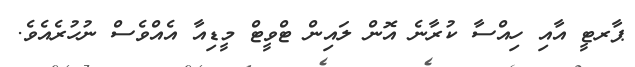
ޕާރޓީ އާއި ހިއްސާ ކުރާނެ އޮން ލައިން ޓްވީޓް މީޑިއާ އެއްވެސް ނުހުރެއެވެ.